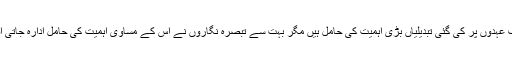
مملکت میں حال ہی میں مختلف عہدوں پر کی گئی تبدیلیاں بڑی اہمیت کی حامل ہیں مگر بہت سے تبصرہ نگاروں نے اس کے مساوی اہمیت کی حامل ادارہ جاتی اصلاحات کو نظرانداز کیا ہے۔